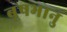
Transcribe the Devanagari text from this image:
बृषभानु